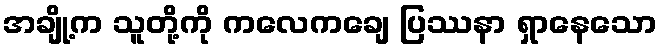
အချို့က သူတို့ကို ကလေကချေ ပြဿနာ ရှာနေသော